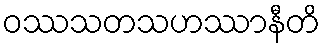
ဝဿသတသဟဿာနီတိ